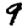
Digit: 9